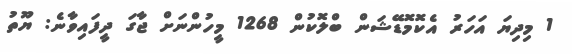
1 މިދިޔަ އަހަރު އެކޮމޮޑޭޝަން ބްލޮކުން 1268 މީހުންނަށް ޖާގަ ދީފައިވާނެ: ޔޫތު